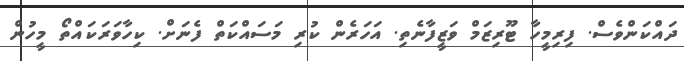
ދައްކަންވެސް. ފިރިމީހާ ޓޫރިޒަމް ވަޒީފާނެތި. އަހަރެން ކުރި މަސައްކަތް ފެނަށް. ކިހާވަރަކައްތޯ މީހުން